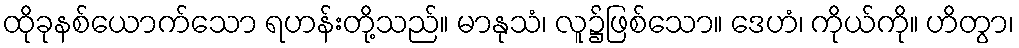
ထိုခုနစ်ယောက်သော ရဟန်းတို့သည်။ မာနုသံ၊ လူ၌ဖြစ်သော။ ဒေဟံ၊ ကိုယ်ကို။ ဟိတွာ၊